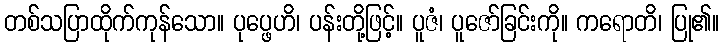
တစ်သပြာထိုက်ကုန်သော။ ပုပ္ဖေဟိ၊ ပန်းတို့ဖြင့်။ ပူဇံ၊ ပူဇော်ခြင်းကို။ ကရောတိ၊ ပြု၏။